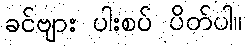
ခင်ဗျား ပါးစပ် ပိတ်ပါ။